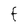
Character: f